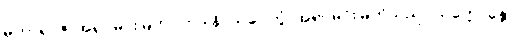
မဟာရာဇ၊ အရှင်မင်းမြတ်။ ဣဒါနိ၊ ယခု။ တွံ၊ အရှင်မင်းမြတ်သည်။ သက္ကောန္တော၊